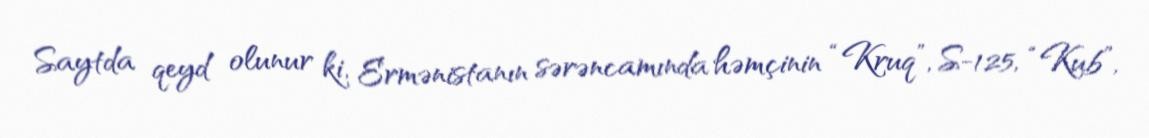
Saytda qeyd olunur ki, Ermənistanın sərəncamında həmçinin “Kruq”, S-125, “Kub”,